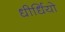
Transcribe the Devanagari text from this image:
धीर्धियो